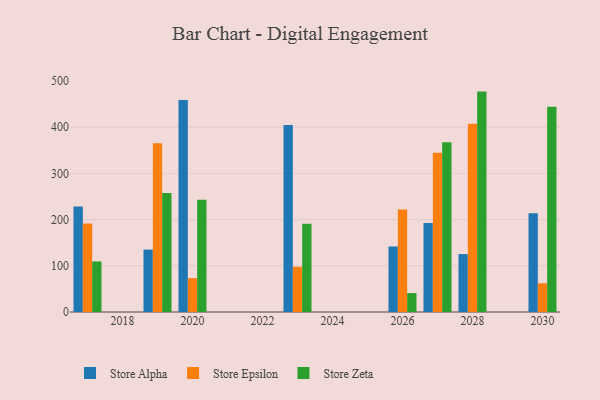
{"axis": {"x": "Year", "y": "Operating Costs (USD K)"}, "legend": ["Store Alpha", "Store Epsilon", "Store Zeta"], "data": [{"x": "2030", "y": 213.4, "type": "Store Alpha"}, {"x": "2030", "y": 62.2, "type": "Store Epsilon"}, {"x": "2030", "y": 443.9, "type": "Store Zeta"}, {"x": "2020", "y": 458.6, "type": "Store Alpha"}, {"x": "2020", "y": 73.2, "type": "Store Epsilon"}, {"x": "2020", "y": 243.0, "type": "Store Zeta"}, {"x": "2017", "y": 228.2, "type": "Store Alpha"}, {"x": "2017", "y": 191.6, "type": "Store Epsilon"}, {"x": "2017", "y": 109.4, "type": "Store Zeta"}, {"x": "2019", "y": 135.0, "type": "Store Alpha"}, {"x": "2019", "y": 365.2, "type": "Store Epsilon"}, {"x": "2019", "y": 257.7, "type": "Store Zeta"}, {"x": "2027", "y": 192.6, "type": "Store Alpha"}, {"x": "2027", "y": 344.7, "type": "Store Epsilon"}, {"x": "2027", "y": 367.0, "type": "Store Zeta"}, {"x": "2028", "y": 125.3, "type": "Store Alpha"}, {"x": "2028", "y": 407.3, "type": "Store Epsilon"}, {"x": "2028", "y": 476.8, "type": "Store Zeta"}, {"x": "2023", "y": 404.7, "type": "Store Alpha"}, {"x": "2023", "y": 97.9, "type": "Store Epsilon"}, {"x": "2023", "y": 190.8, "type": "Store Zeta"}, {"x": "2026", "y": 141.7, "type": "Store Alpha"}, {"x": "2026", "y": 221.8, "type": "Store Epsilon"}, {"x": "2026", "y": 40.9, "type": "Store Zeta"}]}